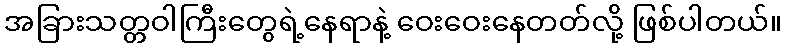
အခြားသတ္တဝါကြီးတွေရဲ့နေရာနဲ့ ဝေးဝေးနေတတ်လို့ ဖြစ်ပါတယ်။